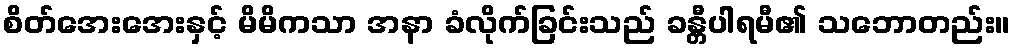
စိတ်အေးအေးနှင့် မိမိကသာ အနာ ခံလိုက်ခြင်းသည် ခန္တီပါရမီ၏ သဘောတည်း။